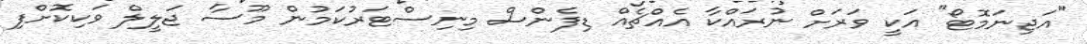
"އަޖިނަމޮޓޯ" އަކީ ވަރަށް ނުރައްކާ އެއްޗެއް ޑިފެންސް މިނިސްޓަރުކަމުން މޫސާ ޖަލީލް ވަކިކޮށްފި